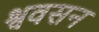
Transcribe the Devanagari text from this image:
श्ववसन